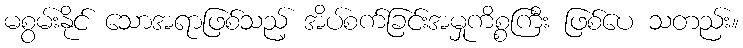
မစွမ်းနိုင် သောအရာဖြစ်သည့် အိပ်စက်ခြင်းအမှုကိစ္စကြီး ဖြစ်ပေ သတည်း။